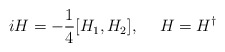
\begin{align*}iH=-\frac{1}{4}[H_1, H_2], \hspace{15pt} H=H^{\dagger}\end{align*}